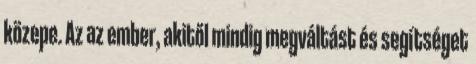
közepe. Az az ember, akitől mindig megváltást és segítséget